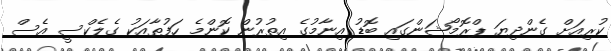
ކުރިއަށް ގެންދިޔަ ޕްރޮމޯޝަންގައި ބޮޑު އިނާމުގެ އިތުރުން ކޮންމެ ހަފުތާއަކު ގެލެކްސީ އެސް